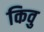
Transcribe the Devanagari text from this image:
किवु